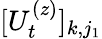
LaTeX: [U_{t}^{(z)}]_{k,j_{1}}